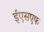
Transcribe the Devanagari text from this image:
ईएसएफ